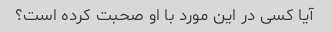
آیا کسی در این مورد با او صحبت کرده است؟